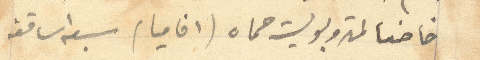
خاضعا لمتروبوليت حماه (افاميا ) سبعه اساقفه